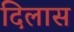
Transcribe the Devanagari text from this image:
दिलास